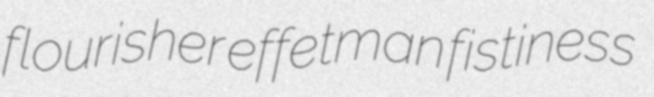
flourisher effetman fistiness